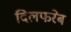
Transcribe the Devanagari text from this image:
दिलफरेब